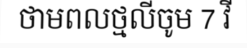
ថាមពលថ្មលីចូម 7 វី